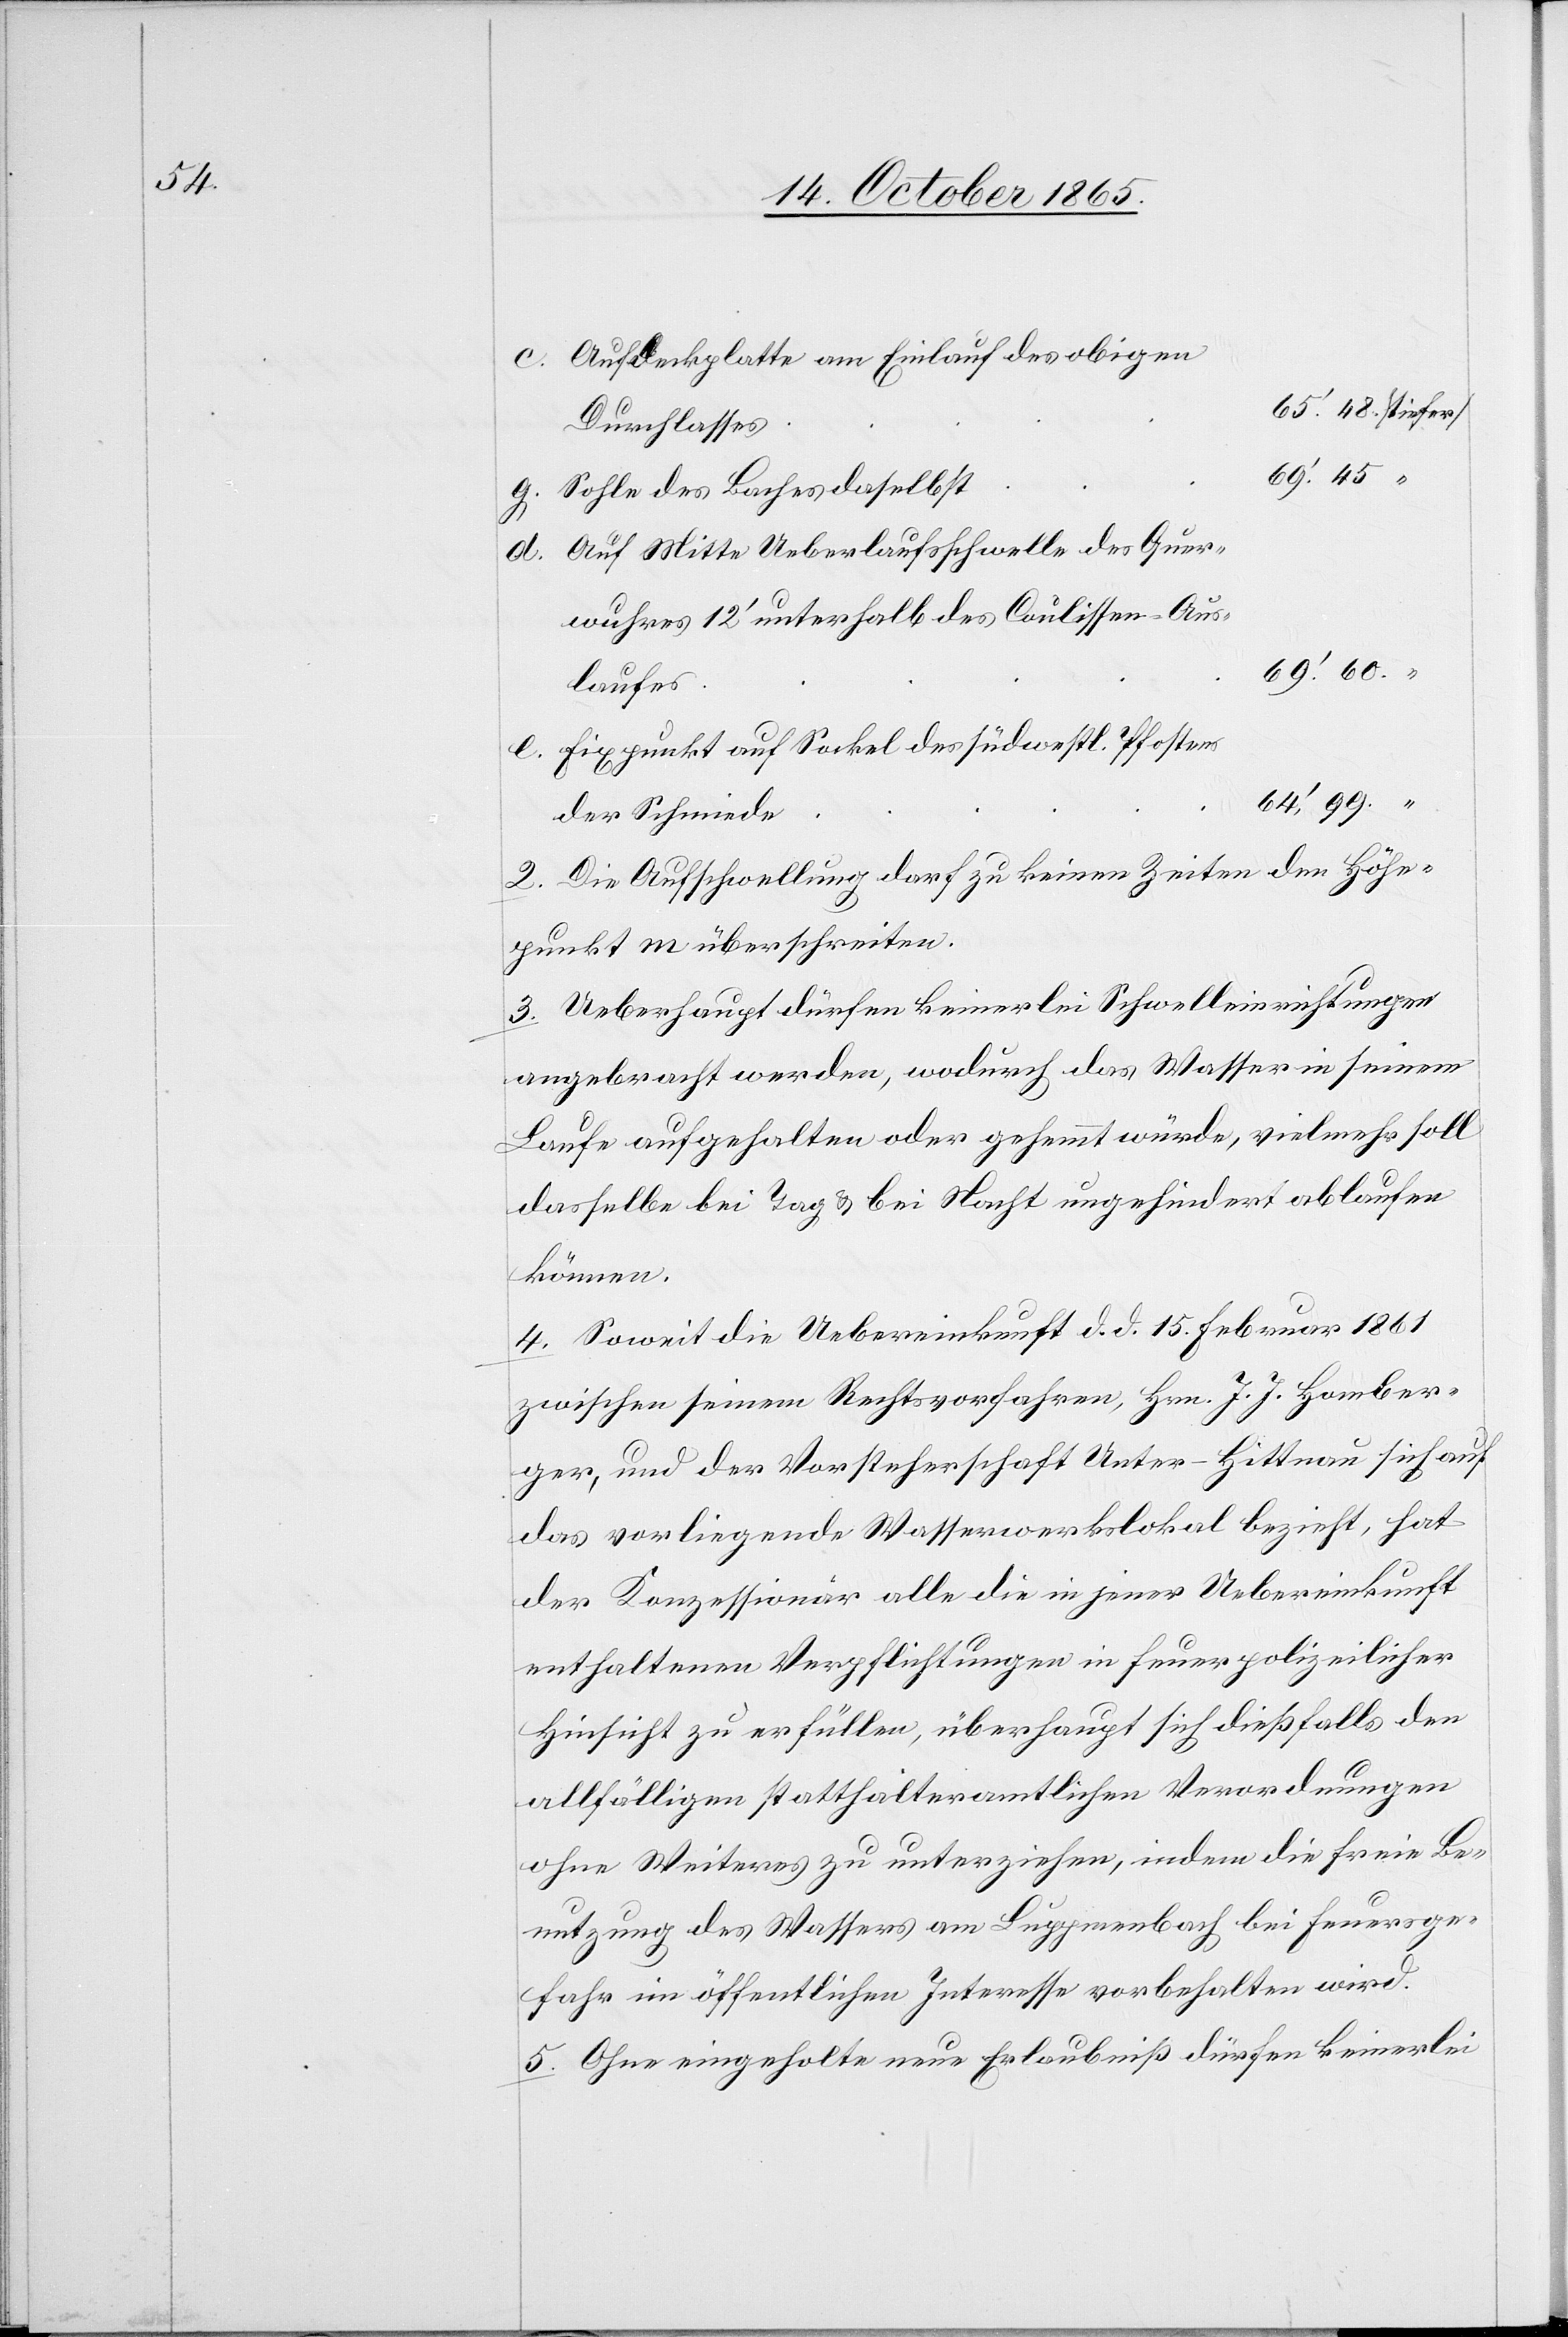
Aufdeckplatte am Einlauf des obigen
Durchlasses
e.
Sohle des Baches daselbst
Auf Mitte Ueberlaufsschwelle des Quer¬
wuhres 12’ unterhalb des Culissen-Aus¬
laufes
Fixpunkt auf Sockel des südwestl. Pfostens
c.
der Schmiede
2. Die Aufschwellung darf zu keinen Zeiten den Höhen¬
punkt m überschreiten.
3. Ueberhaupt dürfen keinerlei Schwelleinrichtungen
angebracht werden, wodurch das Wasser in seinem
Laufe aufgehalten oder gehemmt würde, vielmehr soll
dasselbe bei Tag & bei Nacht ungehindert ablaufen
können.
4. Soweit die Uebereinkunft d. d. 15. Februar 1861
zwischen seinem Rechsvorfahren, Hrn. J. J. Homber¬
ger, und der Vorsteherschaft Unter-Hittnau sich auf
das vorliegende Wasserwerkslokal bezieht, hat
der Konzessionär alle die in jener Uebereinkunft
enthaltenen Verpflichtungen in feuerpolizeilicher
Hinsicht zu erfüllen, überhaupt sich dießfalls den
allfälligen statthalteramtlichen Verordnungen
ohne Weiteres zu unterziehen, indem die freie Be¬
nutzung des Wassers am Luppmenbach bei Feuersge¬
fahr im öffentlichen Interesse vorbehalten wird.
5. Ohne eingeholte neue Erlaubniß dürfen keinerlei